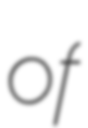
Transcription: of